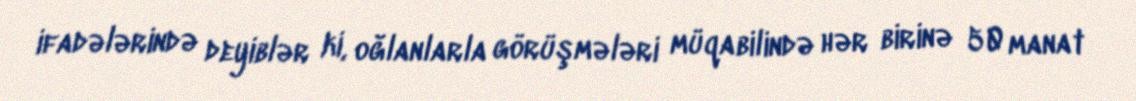
ifadələrində deyiblər ki, oğlanlarla görüşmələri müqabilində hər birinə 50 manat